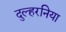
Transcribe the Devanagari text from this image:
दुल्हरनिया